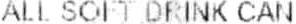
ALL SOFT DRINK CAN